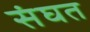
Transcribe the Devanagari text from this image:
संघत